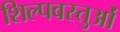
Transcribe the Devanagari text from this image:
शिल्पवस्तुओं